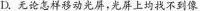
D.无论怎样移动光屏，光屏上均找不到像